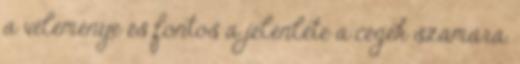
a véleménye és fontos a jelenléte a cégek számára.